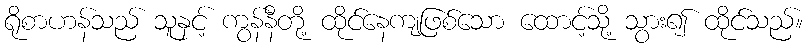
ရိုစာဟန်သည် သူနှင့် ကွန်နီတို့ ထိုင်နေကျဖြစ်သော ထောင့်သို့ သွား၍ ထိုင်သည်။